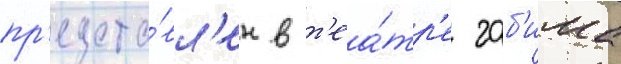
пр'едста́вл'ен в т'еа́тр'е габ'има